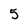
Character: 5